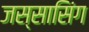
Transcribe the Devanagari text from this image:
जस्सासिंग